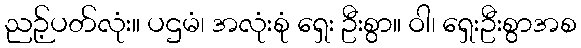
ညဉ့်ပတ်လုံး။ ပဌမံ၊ အလုံးစုံ ရှေး ဦးစွာ။ ဝါ၊ ရှေးဦးစွာအစ